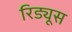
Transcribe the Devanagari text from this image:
रिड्यूस